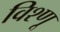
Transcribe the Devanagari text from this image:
विश्णू